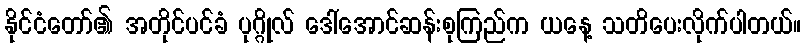
နိုင်ငံတော်၏ အတိုင်ပင်ခံ ပုဂ္ဂိုလ် ဒေါ်အောင်ဆန်းစုကြည်က ယနေ့ သတိပေးလိုက်ပါတယ်။